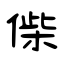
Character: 偨